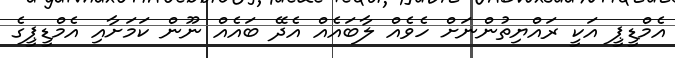
އެމްޑީޕީ އަކީ ރައްޔިތުންނަށް ހެވެއް ލާބައެއް އެދޭ ބައެއް ނޫން ކަމަށާއި އެމްޑީޕީގެ